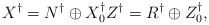
\begin{align*}X^\dagger = N^\dagger \oplus X_0^\dagger Z^\dagger = R^\dagger \oplus Z_0^\dagger,\end{align*}